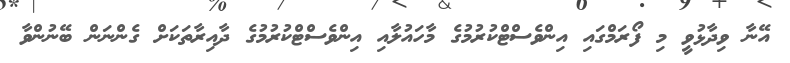
އޭނާ ވިދާޅުވީ މި ފޯރަމްގައި އިންވެސްޓްކުރުމުގެ މާހައުލާއި އިންވެސްޓްކުރުމުގެ ދާއިރާތަކަށް ގެންނަން ބޭނުންވާ